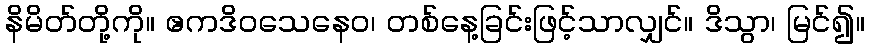
နိမိတ်တို့ကို။ ဧကဒိဝသေနေဝ၊ တစ်နေ့ခြင်းဖြင့်သာလျှင်။ ဒိသွာ၊ မြင်၍။